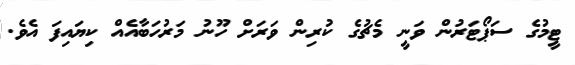
ޓީމުގެ ސަޕޯޓަރުން ވަނީ މެޗުގެ ކުރިން ވަރަށް ހޫނު މަރުހަބާއެއް ކިޔައިފަ އެވެ.